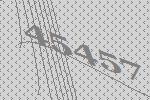
45457